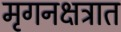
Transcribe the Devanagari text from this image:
मृगनक्षत्रात